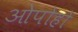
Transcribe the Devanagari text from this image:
ओपोहो